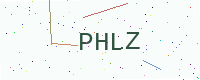
Text: PHLZ